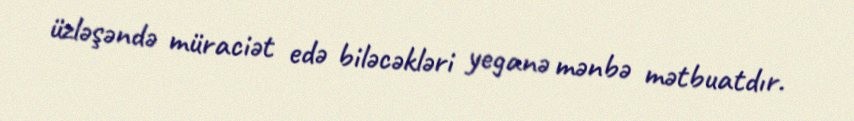
üzləşəndə müraciət edə biləcəkləri yeganə mənbə mətbuatdır.